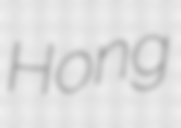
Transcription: Hong